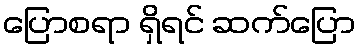
ပြောစရာ ရှိရင် ဆက်ပြော